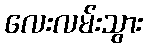
လေးလမ်းသွား